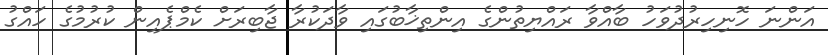
އަންނަ ހޮނިހިރުދުވަހު ބާއްވާ ރައްޔިތުންގެ އިންތިޚާބުގައި ވާދަކުރާ ޖާބިރަށް ކެމްޕެއިން ކުރުމުގެ ހައްގު